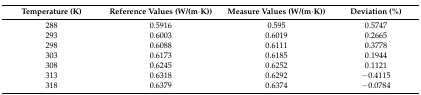
<table><thead><tr><td><b>Temperature (K)</b></td><td><b>Reference Values (W/(m·K))</b></td><td><b>Measure Values (W/(m·K))</b></td><td><b>Deviation (%)</b></td></tr></thead><tbody><tr><td>288</td><td>0.5916</td><td>0.595</td><td>0.5747</td></tr><tr><td>293</td><td>0.6003</td><td>0.6019</td><td>0.2665</td></tr><tr><td>298</td><td>0.6088</td><td>0.6111</td><td>0.3778</td></tr><tr><td>303</td><td>0.6173</td><td>0.6185</td><td>0.1944</td></tr><tr><td>308</td><td>0.6245</td><td>0.6252</td><td>0.1121</td></tr><tr><td>313</td><td>0.6318</td><td>0.6292</td><td>−0.4115</td></tr><tr><td>318</td><td>0.6379</td><td>0.6374</td><td>−0.0784</td></tr></tbody></table>